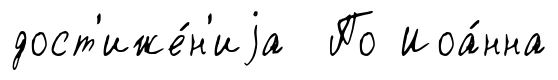
дост'иже́н'иjа По Иоа́нна